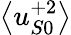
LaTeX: \left<u_{S0}^{+2}\right>